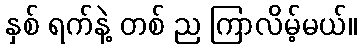
နှစ် ရက်နဲ့ တစ် ည ကြာလိမ့်မယ်။